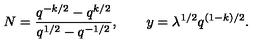
N = { \frac { q ^ { - k / 2 } - q ^ { k / 2 } } { q ^ { 1 / 2 } - q ^ { - 1 / 2 } } } , \qquad y = \lambda ^ { 1 / 2 } q ^ { ( 1 - k ) / 2 } .